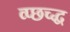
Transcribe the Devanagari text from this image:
व्प्छच्द्ध